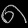
Digit: ၈